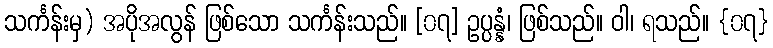
သင်္ကန်းမှ) အပိုအလွန် ဖြစ်သော သင်္ကန်းသည်။ [၀၇] ဥပ္ပန္နံ၊ ဖြစ်သည်။ ဝါ၊ ရသည်။ {၀၇}